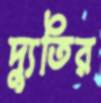
দ্যুতির